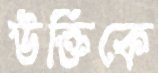
উক্তিকে